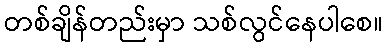
တစ်ချိန်တည်းမှာ သစ်လွင်နေပါစေ။